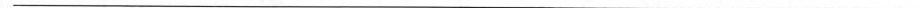
___